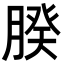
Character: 𦝢